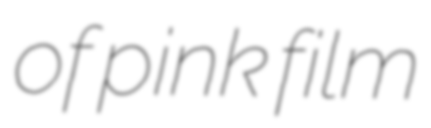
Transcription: of pink film